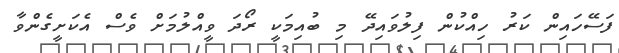
ފަސޭހައިން ކަރު ހިއްކުން ފިލުވައިދޭ މި ބުއިމަކީ ރޯދަ ވީއްލުމަށް ވެސް އެކަށީގެންވާ